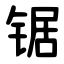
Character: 锯